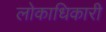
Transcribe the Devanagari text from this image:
लोकाधिकारी